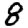
Digit: 8